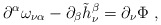
\begin{align*}\partial ^{\alpha }\omega _{\nu \alpha }-\partial _{\beta }\tilde{h}_{\nu}^{\beta }=\partial _{\nu }\Phi \ , \end{align*}